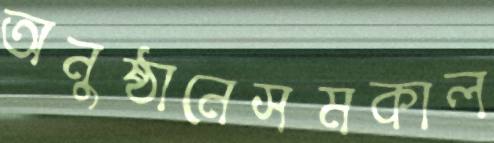
অনুষ্ঠানেসমকাল